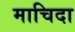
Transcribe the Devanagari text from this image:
माचिदा